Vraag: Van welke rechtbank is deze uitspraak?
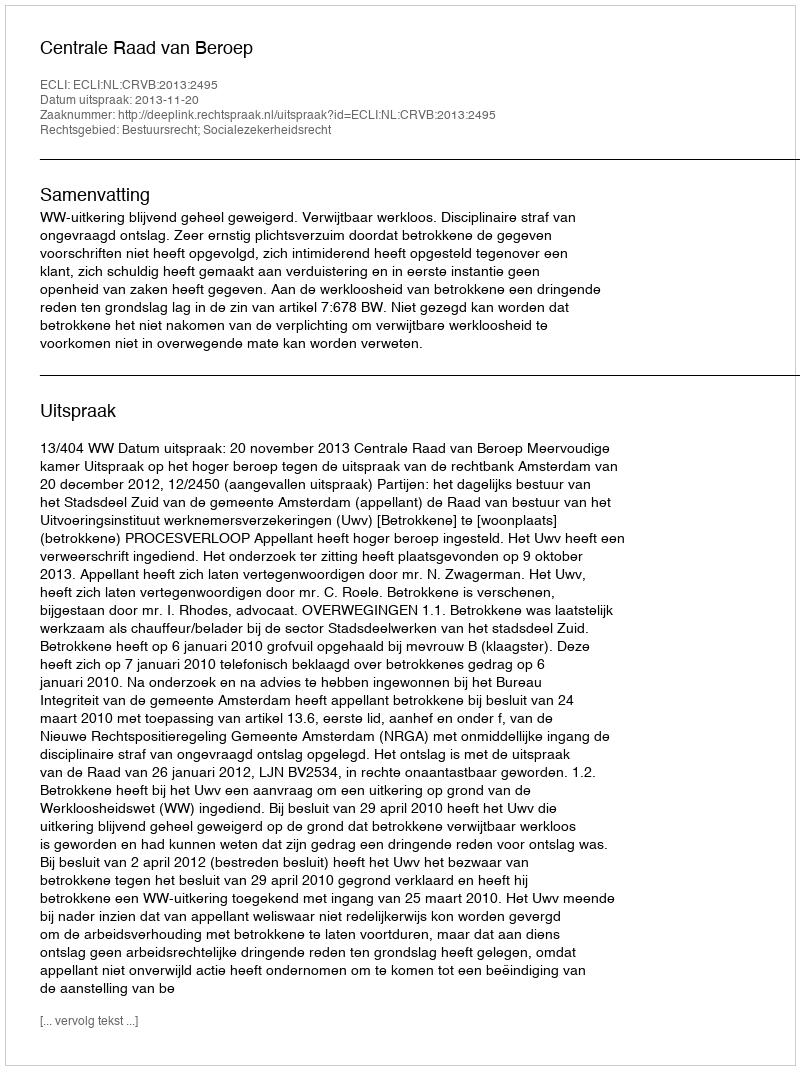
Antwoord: Centrale Raad van Beroep